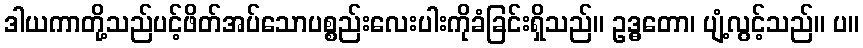
ဒါယကာတို့သည်ပင့်ဖိတ်အပ်သောပစ္စည်းလေးပါးကိုခံခြင်းရှိသည်။ ဥဒ္ဓတော၊ ပျံ့လွင့်သည်။ ပ။